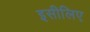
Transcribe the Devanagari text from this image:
इसीलिए